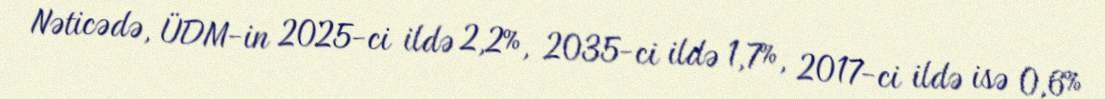
Nəticədə, ÜDM-in 2025-ci ildə 2,2%, 2035-ci ildə 1,7%, 2017-ci ildə isə 0,6%